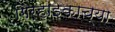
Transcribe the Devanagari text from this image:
गिर्हाइकाच्या